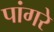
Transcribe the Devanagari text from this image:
पांगरे